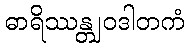
ဓာရိဿန္တျဝဒါတကံ